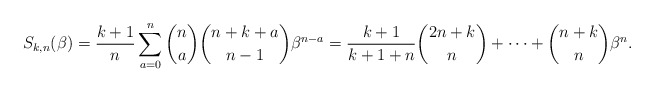
\begin{gather*}S_{k,n}(\beta) ={\frac{k+1}{n}} \sum_{a=0}^{n} {\binom{n}{a}}{\binom{n+k+a}{n-1}} \beta^{n-a}= {\frac{k+1}{k+1+n}} {\binom{2n+k}{n}} + \cdots+{\binom{n+k}{n}} \beta^{n}.\end{gather*}